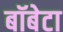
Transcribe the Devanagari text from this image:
बॉबेटा